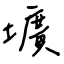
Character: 壙